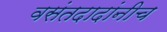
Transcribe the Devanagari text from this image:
वसंतदादांनीच